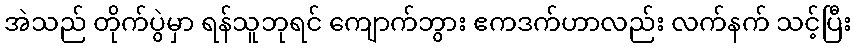
အဲသည် တိုက်ပွဲမှာ ရန်သူဘုရင် ကျောက်ဘွား ဧကဒက်ဟာလည်း လက်နက် သင့်ပြီး